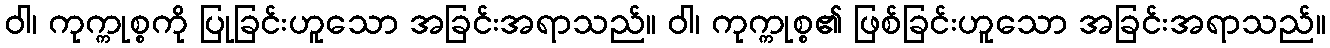
ဝါ၊ ကုက္ကုစ္စကို ပြုခြင်းဟူသော အခြင်းအရာသည်။ ဝါ၊ ကုက္ကုစ္စ၏ ဖြစ်ခြင်းဟူသော အခြင်းအရာသည်။